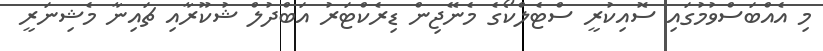
މި އެއްބަސްވުމުގައި ސޮއިކުރީ ސްޓެލްކޯގެ މެނޭޖިން ޑިރެކްޓަރު އަބްދުލް ޝުކޫރާއި ޗައިނާ މެޝިނަރީ